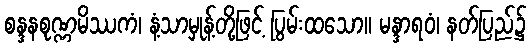
စန္ဒနစုဏ္ဏမိဿကံ၊ နံ့သာမှုန့်တို့ဖြင့် ပြွမ်းထသော။ မန္ဒာရဝံ၊ နတ်ပြည်၌